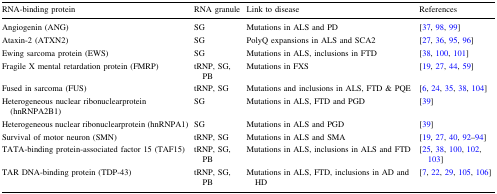
<table><thead><tr><td><b>RNA-binding protein</b></td><td><b>RNA granule</b></td><td><b>Link to disease</b></td><td><b>References</b></td></tr></thead><tbody><tr><td>Angiogenin (ANG)</td><td>SG</td><td>Mutations in ALS and PD</td><td>[37, 98, 99]</td></tr><tr><td>Ataxin-2 (ATXN2)</td><td>SG</td><td>PolyQ expansions in ALS and SCA2</td><td>[27, 36, 95, 96]</td></tr><tr><td>Ewing sarcoma protein (EWS)</td><td>SG</td><td>Mutations in ALS, inclusions in FTD</td><td>[38, 100, 101]</td></tr><tr><td>Fragile X mental retardation protein (FMRP)</td><td>tRNP, SG, PB</td><td>Mutations in FXS</td><td>[19, 27, 44, 59]</td></tr><tr><td>Fused in sarcoma (FUS)</td><td>tRNP, SG</td><td>Mutations and inclusions in ALS, FTD &amp; PQE</td><td>[6, 24, 35, 38, 104]</td></tr><tr><td>Heterogeneous nuclear ribonuclearprotein (hnRNPA2B1)</td><td>SG</td><td>Mutations in ALS, FTD and PGD</td><td>[39]</td></tr><tr><td>Heterogeneous nuclear ribonuclearprotein (hnRNPA1)</td><td>SG</td><td>Mutations in ALS and PGD</td><td>[39]</td></tr><tr><td>Survival of motor neuron (SMN)</td><td>tRNP, SG</td><td>Mutations in ALS and SMA</td><td>[19, 27, 40, 92–94]</td></tr><tr><td>TATA-binding protein-associated factor 15 (TAF15)</td><td>tRNP, SG, PB</td><td>Mutations in ALS, inclusions in ALS and FTD</td><td>[25, 38, 100, 102, 103]</td></tr><tr><td>TAR DNA-binding protein (TDP-43)</td><td>tRNP, SG, PB</td><td>Mutations in ALS, FTD, inclusions in AD and HD</td><td>[7, 22, 29, 105, 106]</td></tr></tbody></table>